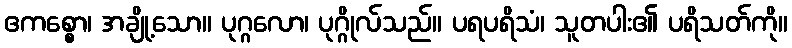
ဧကစ္စော၊ အချို့သော။ ပုဂ္ဂလော၊ ပုဂ္ဂိုလ်သည်။ ပရပရိသံ၊ သူတပါး၏ ပရိသတ်ကို။